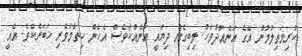
ކުރިމަތިލުމުން އޭގެ އަނެއްދުވަހު ލިބިގެން ދިޔައީ އަނެއްކާވެސް އެހެން ހިތާމަވެރި ޚަބަރެކެވެ. އެއީ